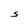
Character: S